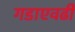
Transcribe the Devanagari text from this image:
गडाएवढी